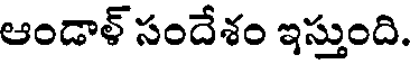
ఆండాళ్ సందేశం ఇస్తుంది.